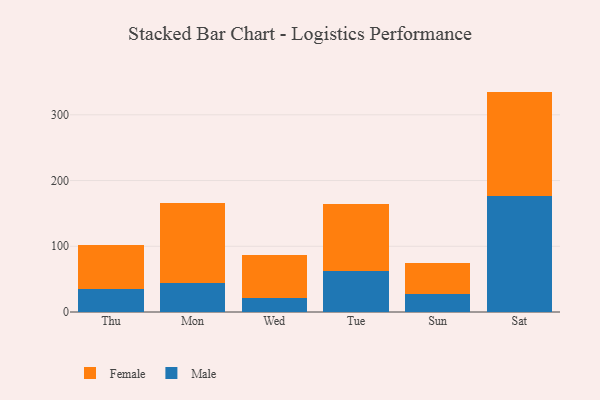
{"axis": {"x": "Day", "y": "Shipments"}, "legend": ["Female", "Male"], "data": [{"x": "Thu", "y": 34.9, "type": "Male"}, {"x": "Thu", "y": 67.1, "type": "Female"}, {"x": "Mon", "y": 43.7, "type": "Male"}, {"x": "Mon", "y": 122.8, "type": "Female"}, {"x": "Wed", "y": 21.2, "type": "Male"}, {"x": "Wed", "y": 65.4, "type": "Female"}, {"x": "Tue", "y": 62.9, "type": "Male"}, {"x": "Tue", "y": 101.7, "type": "Female"}, {"x": "Sun", "y": 26.7, "type": "Male"}, {"x": "Sun", "y": 47.5, "type": "Female"}, {"x": "Sat", "y": 176.8, "type": "Male"}, {"x": "Sat", "y": 158.5, "type": "Female"}]}